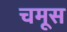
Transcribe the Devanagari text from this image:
चमूस